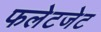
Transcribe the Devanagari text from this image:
फलेटजेट